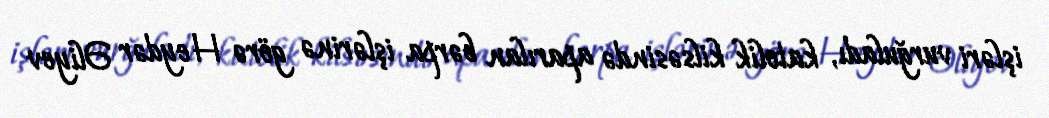
işləri vurğuladı, katolik kilsəsində aparılan bərpa işlərinə görə Heydər Əliyev